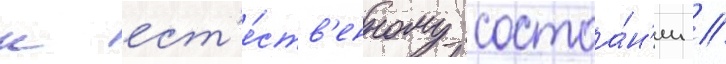
к ест'е́ств'енному состоа́н'ии //